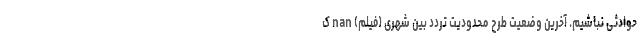
حوادثی نباشیم. آخرین وضعیت طرح محدودیت تردد بین شهری (فیلم) nan ک